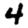
Digit: 4